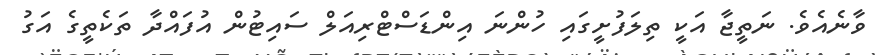
ވާނެއެވެ. ނަތީޖާ އަކީ ތިލަފުށީގައި ހުންނަ އިންޑަސްޓްރިއަލް ސައިޓުން އުފައްދާ ތަކެތީގެ އަގު